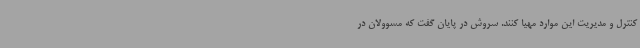
کنترل و مدیریت این موارد مهیا کنند. سروش در پایان گفت که مسوولان در